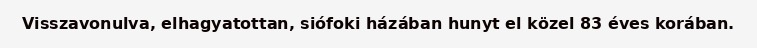
Visszavonulva, elhagyatottan, siófoki házában hunyt el közel 83 éves korában.